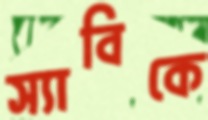
স্যাবিকে